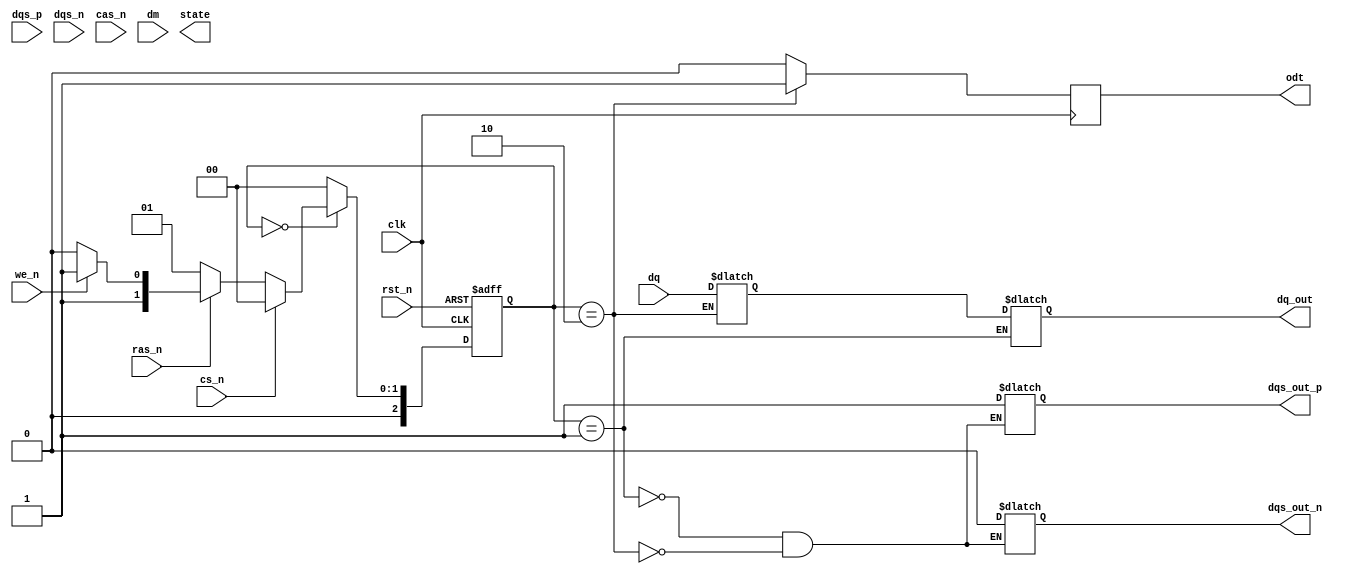
module ddr4_sdram_io (
    input wire clk,            // System clock
    input wire rst_n,         // Active low reset
    input wire [15:0] dq,     // Data lines (DQ)
    input wire [1:0] dqs_p,   // Positive DQS
    input wire [1:0] dqs_n,   // Negative DQS
    input wire cs_n,          // Chip Select (active low)
    input wire ras_n,         // Row Address Strobe (active low)
    input wire cas_n,         // Column Address Strobe (active low)
    input wire we_n,          // Write Enable (active low)
    input wire [3:0] dm,      // Data Mask
    output reg [15:0] dq_out, // Output data lines
    output reg dqs_out_p,     // Output DQS positive
    output reg dqs_out_n,     // Output DQS negative
    output reg odt,           // On-die termination
    output reg [2:0] state    // State machine output
);

// Parameters for timing management
parameter tRCD = 20; // Example timing parameter
parameter tRP = 20;  // Example timing parameter
parameter tCAS = 20; // Example timing parameter
parameter tWR = 15;  // Example timing parameter

// State definitions
localparam IDLE = 3'b000;
localparam READ = 3'b001;
localparam WRITE = 3'b010;
localparam REFRESH = 3'b011;

// Internal signals
reg [15:0] data_buffer; // Buffer for incoming data
reg [2:0] current_state;
reg [2:0] next_state;

// Clock and reset handling
always @(posedge clk or negedge rst_n) begin
    if (!rst_n) begin
        current_state <= IDLE;
    end else begin
        current_state <= next_state;
    end
end

// State machine for command processing
always @(*) begin
    case (current_state)
        IDLE: begin
            if (!cs_n) begin
                if (!ras_n) begin
                    next_state = READ; // Activate read operation
                end else if (!we_n) begin
                    next_state = WRITE; // Activate write operation
                end else begin
                    next_state = REFRESH; // Refresh operation
                end
            end else begin
                next_state = IDLE;
            end
        end
        
        READ: begin
            // Read operation logic
            dq_out = data_buffer; // Output data from buffer
            dqs_out_p = 1; // Enable DQS positive
            dqs_out_n = 0; // Enable DQS negative
            next_state = IDLE; // Transition back to idle
        end
        
        WRITE: begin
            // Write operation logic
            data_buffer = dq; // Capture incoming data
            dqs_out_p = 1; // Enable DQS positive
            dqs_out_n = 0; // Enable DQS negative
            next_state = IDLE; // Transition back to idle
        end
        
        REFRESH: begin
            // Refresh operation logic
            // Implementation of refresh logic goes here
            next_state = IDLE; // Transition back to idle
        end
        
        default: next_state = IDLE; // Default case
    endcase
end

// On-die termination control
always @(posedge clk) begin
    if (current_state == WRITE) begin
        odt <= 1; // Enable ODT during write
    end else begin
        odt <= 0; // Disable ODT otherwise
    end
end

endmodule